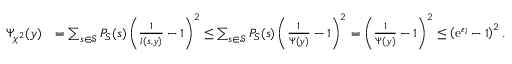
\begin{array} { r l } { \Psi _ { \chi ^ { 2 } } ( y ) } & { = \sum _ { s \in \mathcal { S } } P _ { S } ( s ) \left( \frac { 1 } { l ( s , y ) } - 1 \right) ^ { 2 } \leq \sum _ { s \in \mathcal { S } } P _ { S } ( s ) \left( \frac { 1 } { \Psi ( y ) } - 1 \right) ^ { 2 } = \left( \frac { 1 } { \Psi ( y ) } - 1 \right) ^ { 2 } \leq \left( \mathrm { e } ^ { \varepsilon _ { l } } - 1 \right) ^ { 2 } . } \end{array}